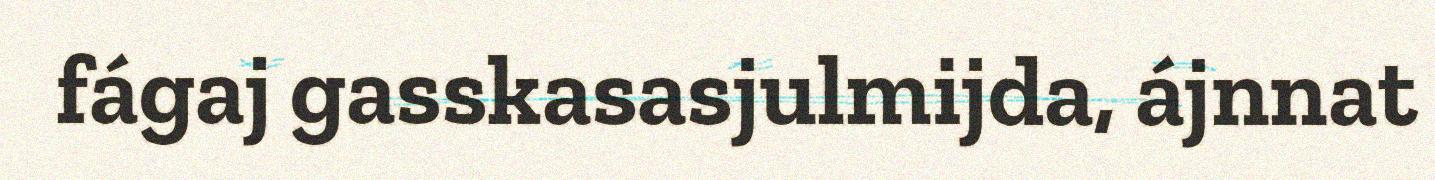
fágaj gasskasasjulmijda, ájnnat